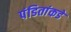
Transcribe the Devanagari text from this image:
पंडितांकडे